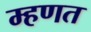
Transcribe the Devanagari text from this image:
म्‍हणत